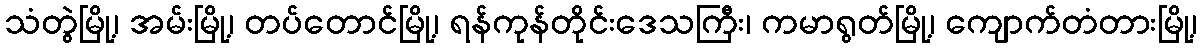
သံတွဲမြို့၊ အမ်းမြို့၊ တပ်တောင်မြို့၊ ရန်ကုန်တိုင်းဒေသကြီး၊ ကမာရွတ်မြို့၊ ကျောက်တံတားမြို့၊